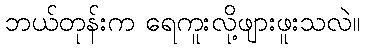
ဘယ်တုန်းက ရေကူးလို့ဖျားဖူးသလဲ။